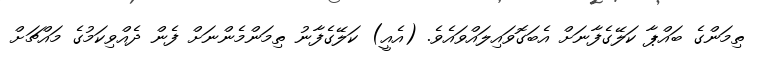
ތިމަންގެ ބައްޕާ ކަލޭގެފާނަށް އެބަގޮވައިލައްވައެވެ. (އެއީ) ކަލޭގެފާނު ތިމަންމެންނަށް ފެން ދެއްވިކަމުގެ މައްޗަށް